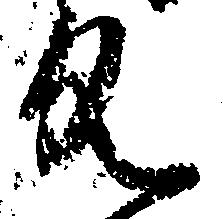
具